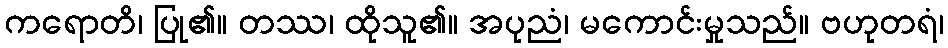
ကရောတိ၊ ပြု၏။ တဿ၊ ထိုသူ၏။ အပုညံ၊ မကောင်းမှုသည်။ ဗဟုတရံ၊